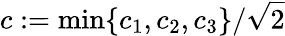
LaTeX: c:=\operatorname*{min}\{ c_{1},c_{2},c_{3}\} /\sqrt{2}